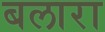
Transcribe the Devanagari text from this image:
बलारा